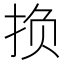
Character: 𫼨